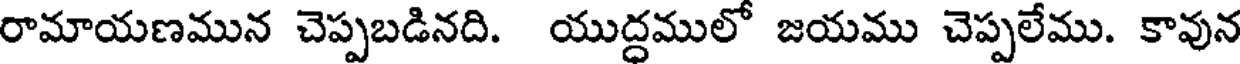
రామాయణమున చెప్పబడినది. యుద్ధములో జయము చెప్పలేము. కావున